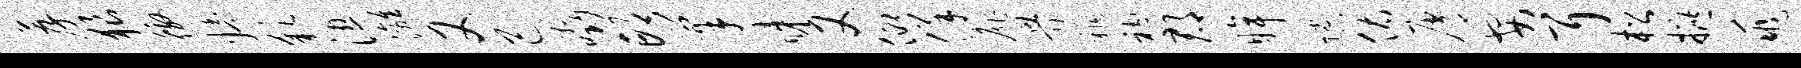
荐狼徼娉彩湿漓又己啜邙巢睇又仰佯扉畀祚衲郡眸隙佑屑安耳松摭兆